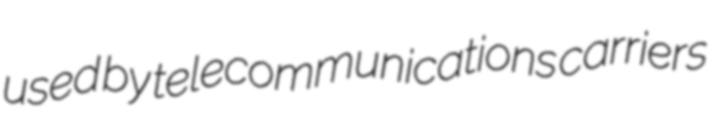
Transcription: used by telecommunications carriers